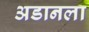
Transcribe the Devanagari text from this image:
अडानला